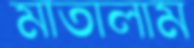
মাতালাম